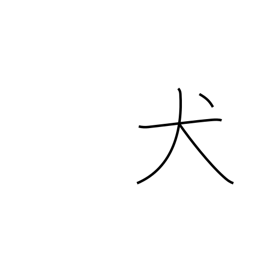
Meaning: dog